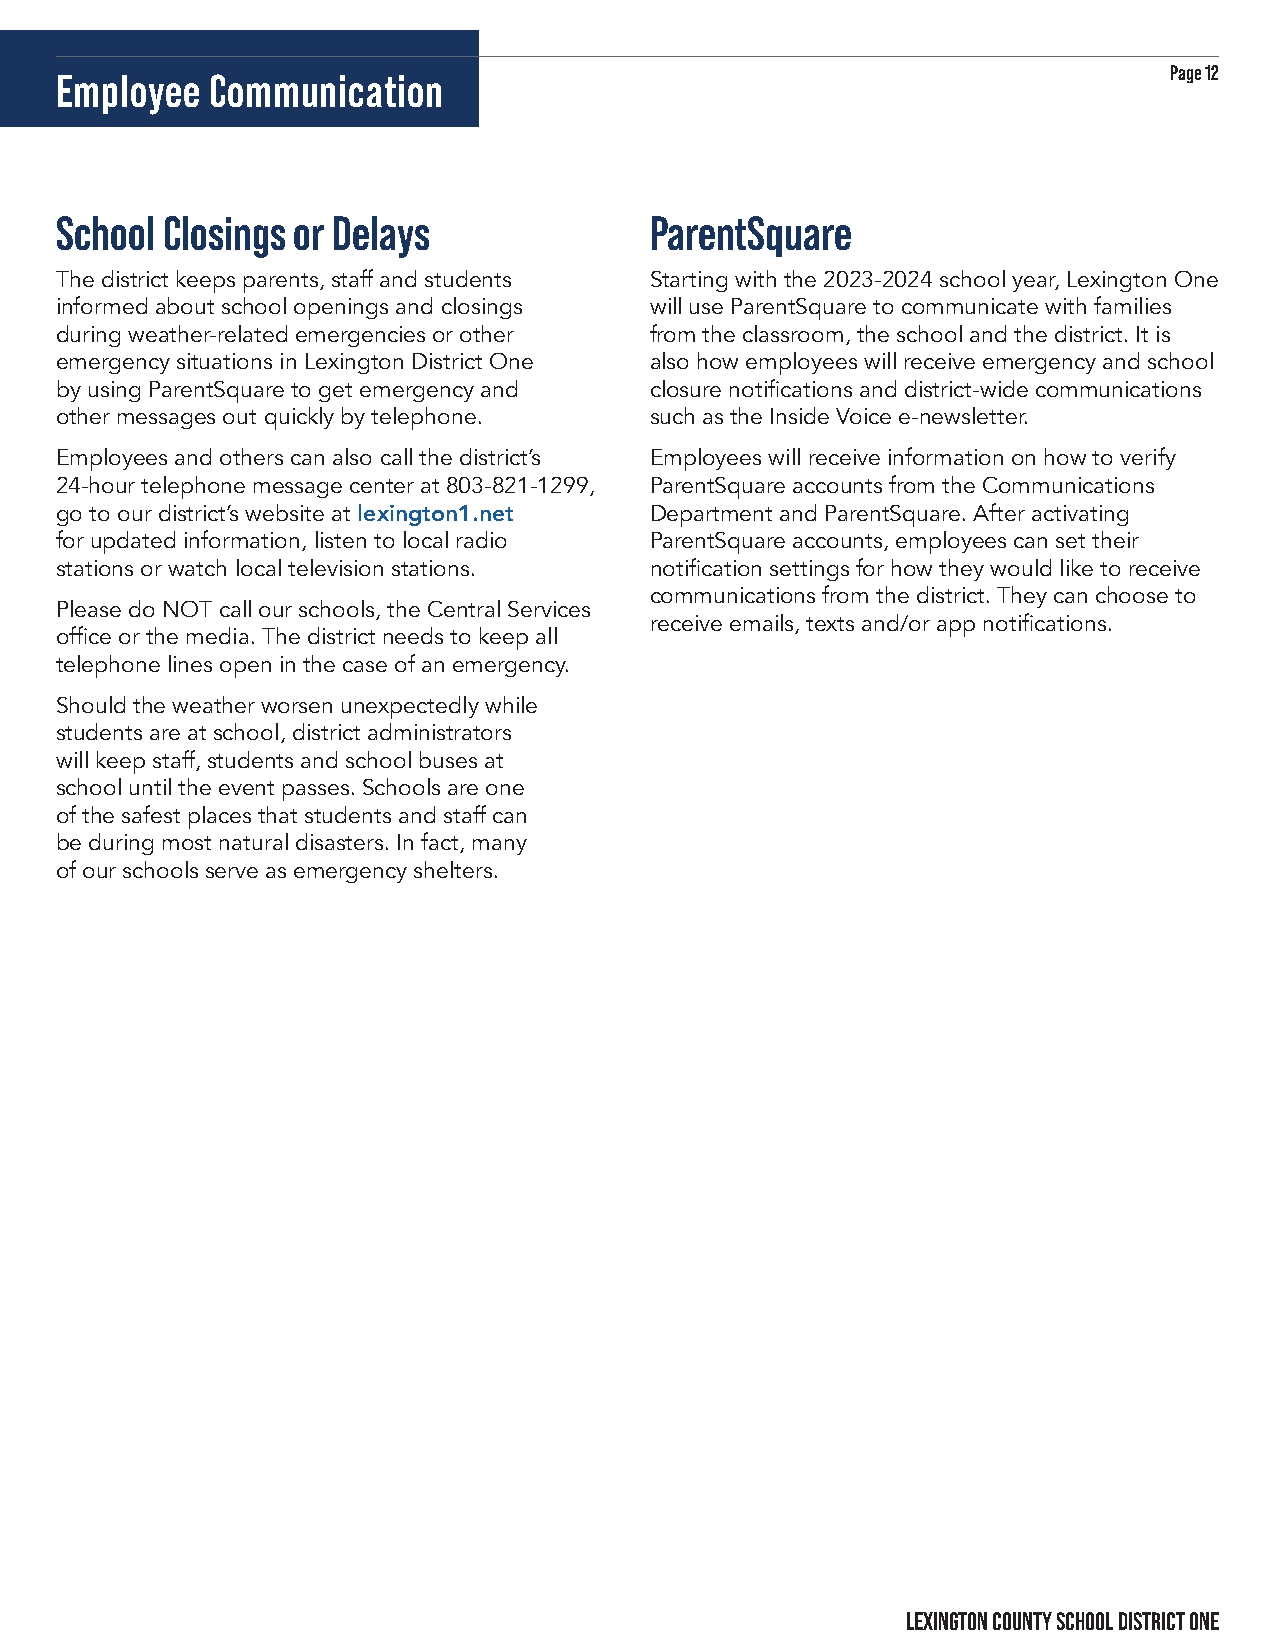
Page 12
 Employee  Communication
 School Closings or Delays              ParentSquare
 The district keeps parents, staff and students Starting with the 2023-2024 school year, Lexington One
 informed about school openings and closings will use ParentSquare to communicate with families
 during weather-related emergencies or other from the classroom, the school and the district. It is
 emergency situations in Lexington District One also how employees will receive emergency and school
 by using ParentSquare to get emergency and closure notifications and district-wide communications
 other messages out quickly by telephone. such as the Inside Voice e-newsletter.
 Employees and others can also call the district’s Employees will receive information on how to verify
 24-hour telephone message center at 803-821-1299, ParentSquare accounts from the Communications
 go to our district’s website at lexington1.net Department and ParentSquare. After activating
 for updated information, listen to local radio ParentSquare accounts, employees can set their
 stations or watch local television stations. notification settings for how they would like to receive
 communications from the district. They can choose to
 Please do NOT call our schools, the Central Services
 receive emails, texts and/or app notifications.
 office or the media. The district needs to keep all
 telephone lines open in the case of an emergency.
 Should the weather worsen unexpectedly while
 students are at school, district administrators
 will keep staff, students and school buses at
 school until the event passes. Schools are one
 of the safest places that students and staff can
 be during most natural disasters. In fact, many
 of our schools serve as emergency shelters.
 LEXINGTON COUNTY SCHOOL DISTRICT ONE